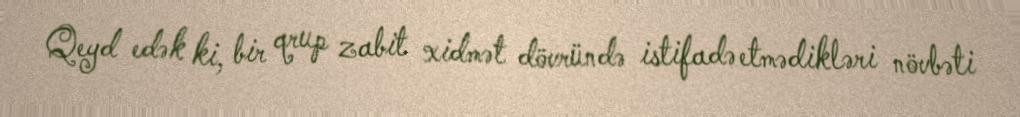
Qeyd edək ki, bir qrup zabit xidmət dövründə istifadə etmədikləri növbəti